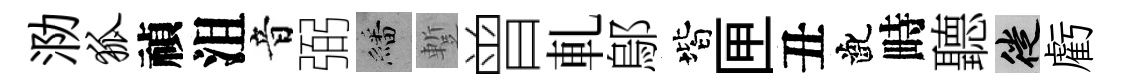
泐狐禎沮音弼繙蹔曾軋鄔階匣丑齔畤聽徙虧